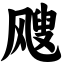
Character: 飕